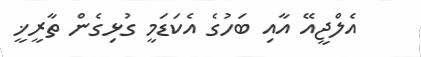
އެލްޖީއޭ އާއި ބަހުގެ އެކަޑަމީ ގުޅިގެން ތާރީޚީ